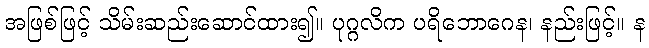
အဖြစ်ဖြင့် သိမ်းဆည်းဆောင်ထား၍။ ပုဂ္ဂလိက ပရိဘောဂေန၊ နည်းဖြင့်။ န